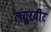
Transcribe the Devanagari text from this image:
लंगुरवीर